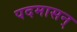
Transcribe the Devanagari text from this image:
पदमासन्